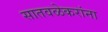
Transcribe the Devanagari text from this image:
सातवळेकरांना